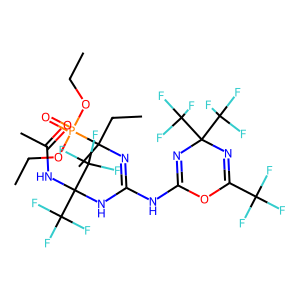
SMILES: CCOP(=O)(OCC)C(C)(CC)N=C(NC1=NC(C(F)(F)F)(C(F)(F)F)N=C(C(F)(F)F)O1)NC(NC(C)=O)(C(F)(F)F)C(F)(F)F
Inhibits HIV replication: No